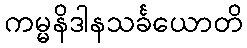
ကမ္မနိဒါနသင်္ခယောတိ